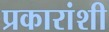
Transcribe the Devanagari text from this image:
प्रकारांशी